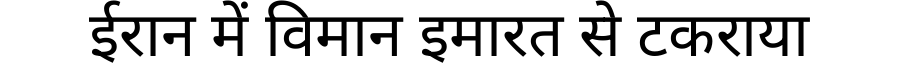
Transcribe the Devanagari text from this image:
ईरान में विमान इमारत से टकराया